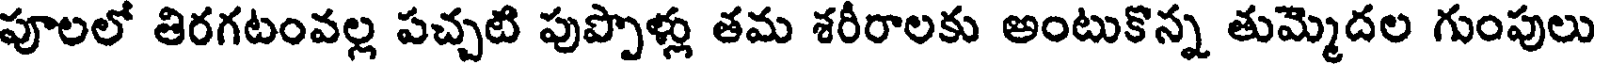
పూలలో తిరగటంవల్ల పచ్చటి పుప్పొళ్లు తమ శరీరాలకు అంటుకొన్న తుమ్మెదల గుంపులు